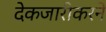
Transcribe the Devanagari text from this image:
देकजारीकरने